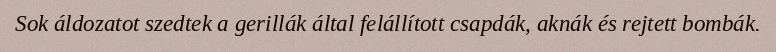
Sok áldozatot szedtek a gerillák által felállított csapdák, aknák és rejtett bombák.